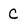
Character: c